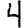
Digit: 4